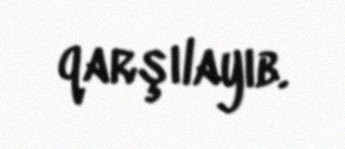
qarşılayıb.